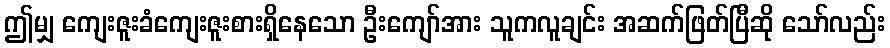
ဤမျှ ကျေးဇူးခံကျေးဇူးစားရှိနေသော ဦးကျော်အား သူကလူချင်း အဆက်ဖြတ်ပြီဆို သော်လည်း